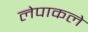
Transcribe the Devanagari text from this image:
लेपाकले